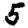
Digit: 5